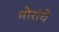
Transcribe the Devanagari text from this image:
मोरांचे